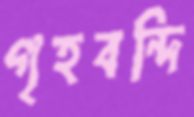
গৃহবন্দি